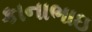
કાનાભાઇ